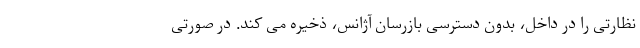
نظارتی را در داخل، بدون دسترسی بازرسان آژانس، ذخیره می کند. در صورتی